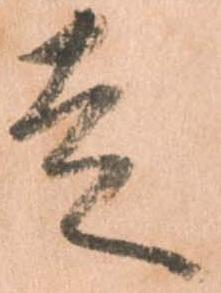
走